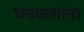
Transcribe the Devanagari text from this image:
घनकणांना